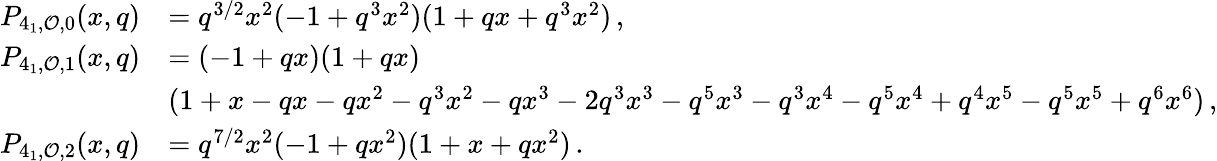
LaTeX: \begin{array}{rl}{P_{4_{1},\mathcal O,0}(x,q)}&{=q^{3/2}x^{2}(-1+q^{3}x^{2})(1+qx+q^{3}x^{2})\, ,}\\ {P_{4_{1},\mathcal O,1}(x,q)}&{=(-1+qx)(1+qx)}\\ &{(1+x-qx-qx^{2}-q^{3}x^{2}-qx^{3}-2q^{3}x^{3}-q^{5}x^{3}-q^{3}x^{4}-q^{5}x^{4}+q^{4}x^{5}-q^{5}x^{5}+q^{6}x^{6})\, ,}\\ {P_{4_{1},\mathcal O,2}(x,q)}&{=q^{7/2}x^{2}(-1+qx^{2})(1+x+qx^{2})\, .}\end{array}